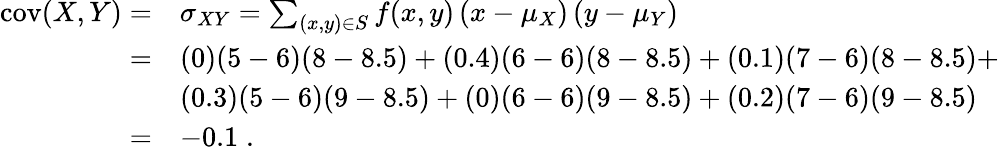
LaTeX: {\begin{array}{rl}{\operatorname{cov}(X,Y)=}&{\sigma_{XY}=\sum_{(x,y)\in S}f(x,y)\left(x-\mu_{X}\right)\left(y-\mu_{Y}\right)}\\ {=}&{(0)(5-6)(8-8.5)+(0.4)(6-6)(8-8.5)+(0.1)(7-6)(8-8.5)+}\\ &{(0.3)(5-6)(9-8.5)+(0)(6-6)(9-8.5)+(0.2)(7-6)(9-8.5)}\\ {=}&{{-0.1}\; .}\end{array}}